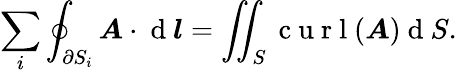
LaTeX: \sum_{i}\oint_{\partial S_{i}}\boldsymbol{A}\cdot\mathrm{~d~}\boldsymbol{l}=\iint_{S}\mathrm{~c~u~r~l~}(\boldsymbol{A})\mathrm{~d~}S.